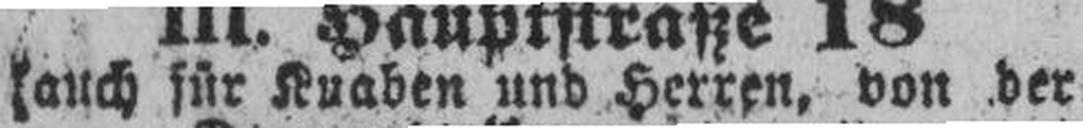
(auch für Knaben und Herren, von der